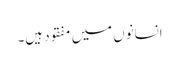
انسانوں میں مفقود ہیں۔